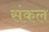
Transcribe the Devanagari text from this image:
संकल